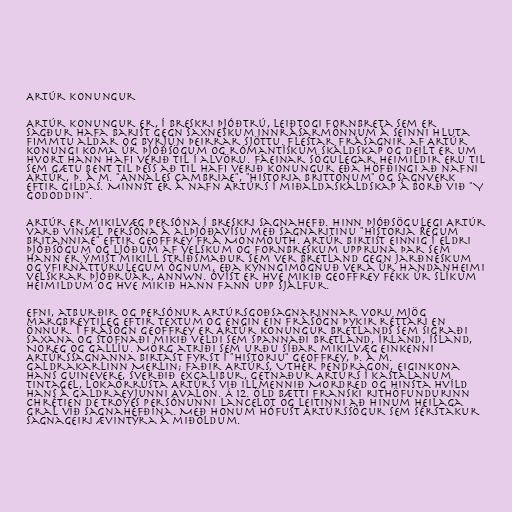
Artúr konungur

Artúr konungur er, í breskri þjóðtrú, leiðtogi Fornbreta sem er
sagður hafa barist gegn saxneskum innrásarmönnum á seinni hluta
fimmtu aldar og byrjun þeirrar sjöttu. Flestar frásagnir af Artúr
konungi koma úr þjóðsögum og rómantískum skáldskap og deilt er um
hvort hann hafi verið til í alvöru. Fáeinar sögulegar heimildir eru til
sem gætu bent til þess að til hafi verið konungur eða höfðingi að nafni
Artúr, þ. á m. "Annales Cambriae", "Historia Brittonum" og sagnverk
eftir Gildas. Minnst er á nafn Artúrs í miðaldaskáldskap á borð við "Y
Gododdin".

Artúr er mikilvæg persóna í breskri sagnahefð. Hinn þjóðsögulegi Artúr
varð vinsæl persóna á alþjóðavísu með sagnaritinu "Historia Regum
Britanniae" eftir Geoffrey frá Monmouth. Artúr birtist einnig í eldri
þjóðsögum og ljóðum af velskum og fornbreskum uppruna þar sem
hann er ýmist mikill stríðsmaður sem ver Bretland gegn jarðneskum
og yfirnáttúrulegum ógnum, eða kynngimögnuð vera úr handanheimi
velskrar þjóðrúar, Annwn. Óvíst er hve mikið Geoffrey fékk úr slíkum
heimildum og hve mikið hann fann upp sjálfur.

Efni, atburðir og persónur Artúrsgoðsagnarinnar voru mjög
margbreytileg eftir textum og engin ein frásögn þykir réttari en
önnur. Í frásögn Geoffrey er Artúr konungur Bretlands sem sigraði
Saxana og stofnaði mikið veldi sem spannaði Bretland, Írland, Ísland,
Noreg og Gallíu. Mörg atriði sem urðu síðar mikilvæg einkenni
Artúrssagnanna birtast fyrst í "Historiu" Geoffrey, þ. á m.
galdrakarlinn Merlin; faðir Artúrs, Uther Pendragon, eiginkona
hans Guinevere, sverðið Excalibur, getnaður Artúrs í kastalanum
Tintagel, lokaorrusta Artúrs við illmennið Mordred og hinsta hvíld
hans á galdraeyjunni Avalon. Á 12. öld bætti franski rithöfundurinn
Chrétien de Troyes persónunni Lancelot og leitinni að hinum heilaga
gral við sagnahefðina. Með honum hófust Artúrssögur sem sérstakur
sagnageiri ævintýra á miðöldum.